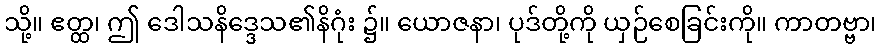
သို့။ ဧတ္ထ၊ ဤ ဒေါသနိဒ္ဒေသ၏နိဂုံး ၌။ ယောဇနာ၊ ပုဒ်တို့ကို ယှဉ်စေခြင်းကို။ ကာတဗ္ဗာ၊